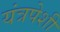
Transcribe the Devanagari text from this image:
यंत्रपेशी